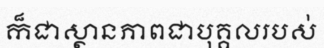
ក៏ជាស្ថានភាពជាបុគ្គលរបស់